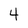
Character: 4